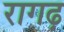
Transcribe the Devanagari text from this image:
रागढ़